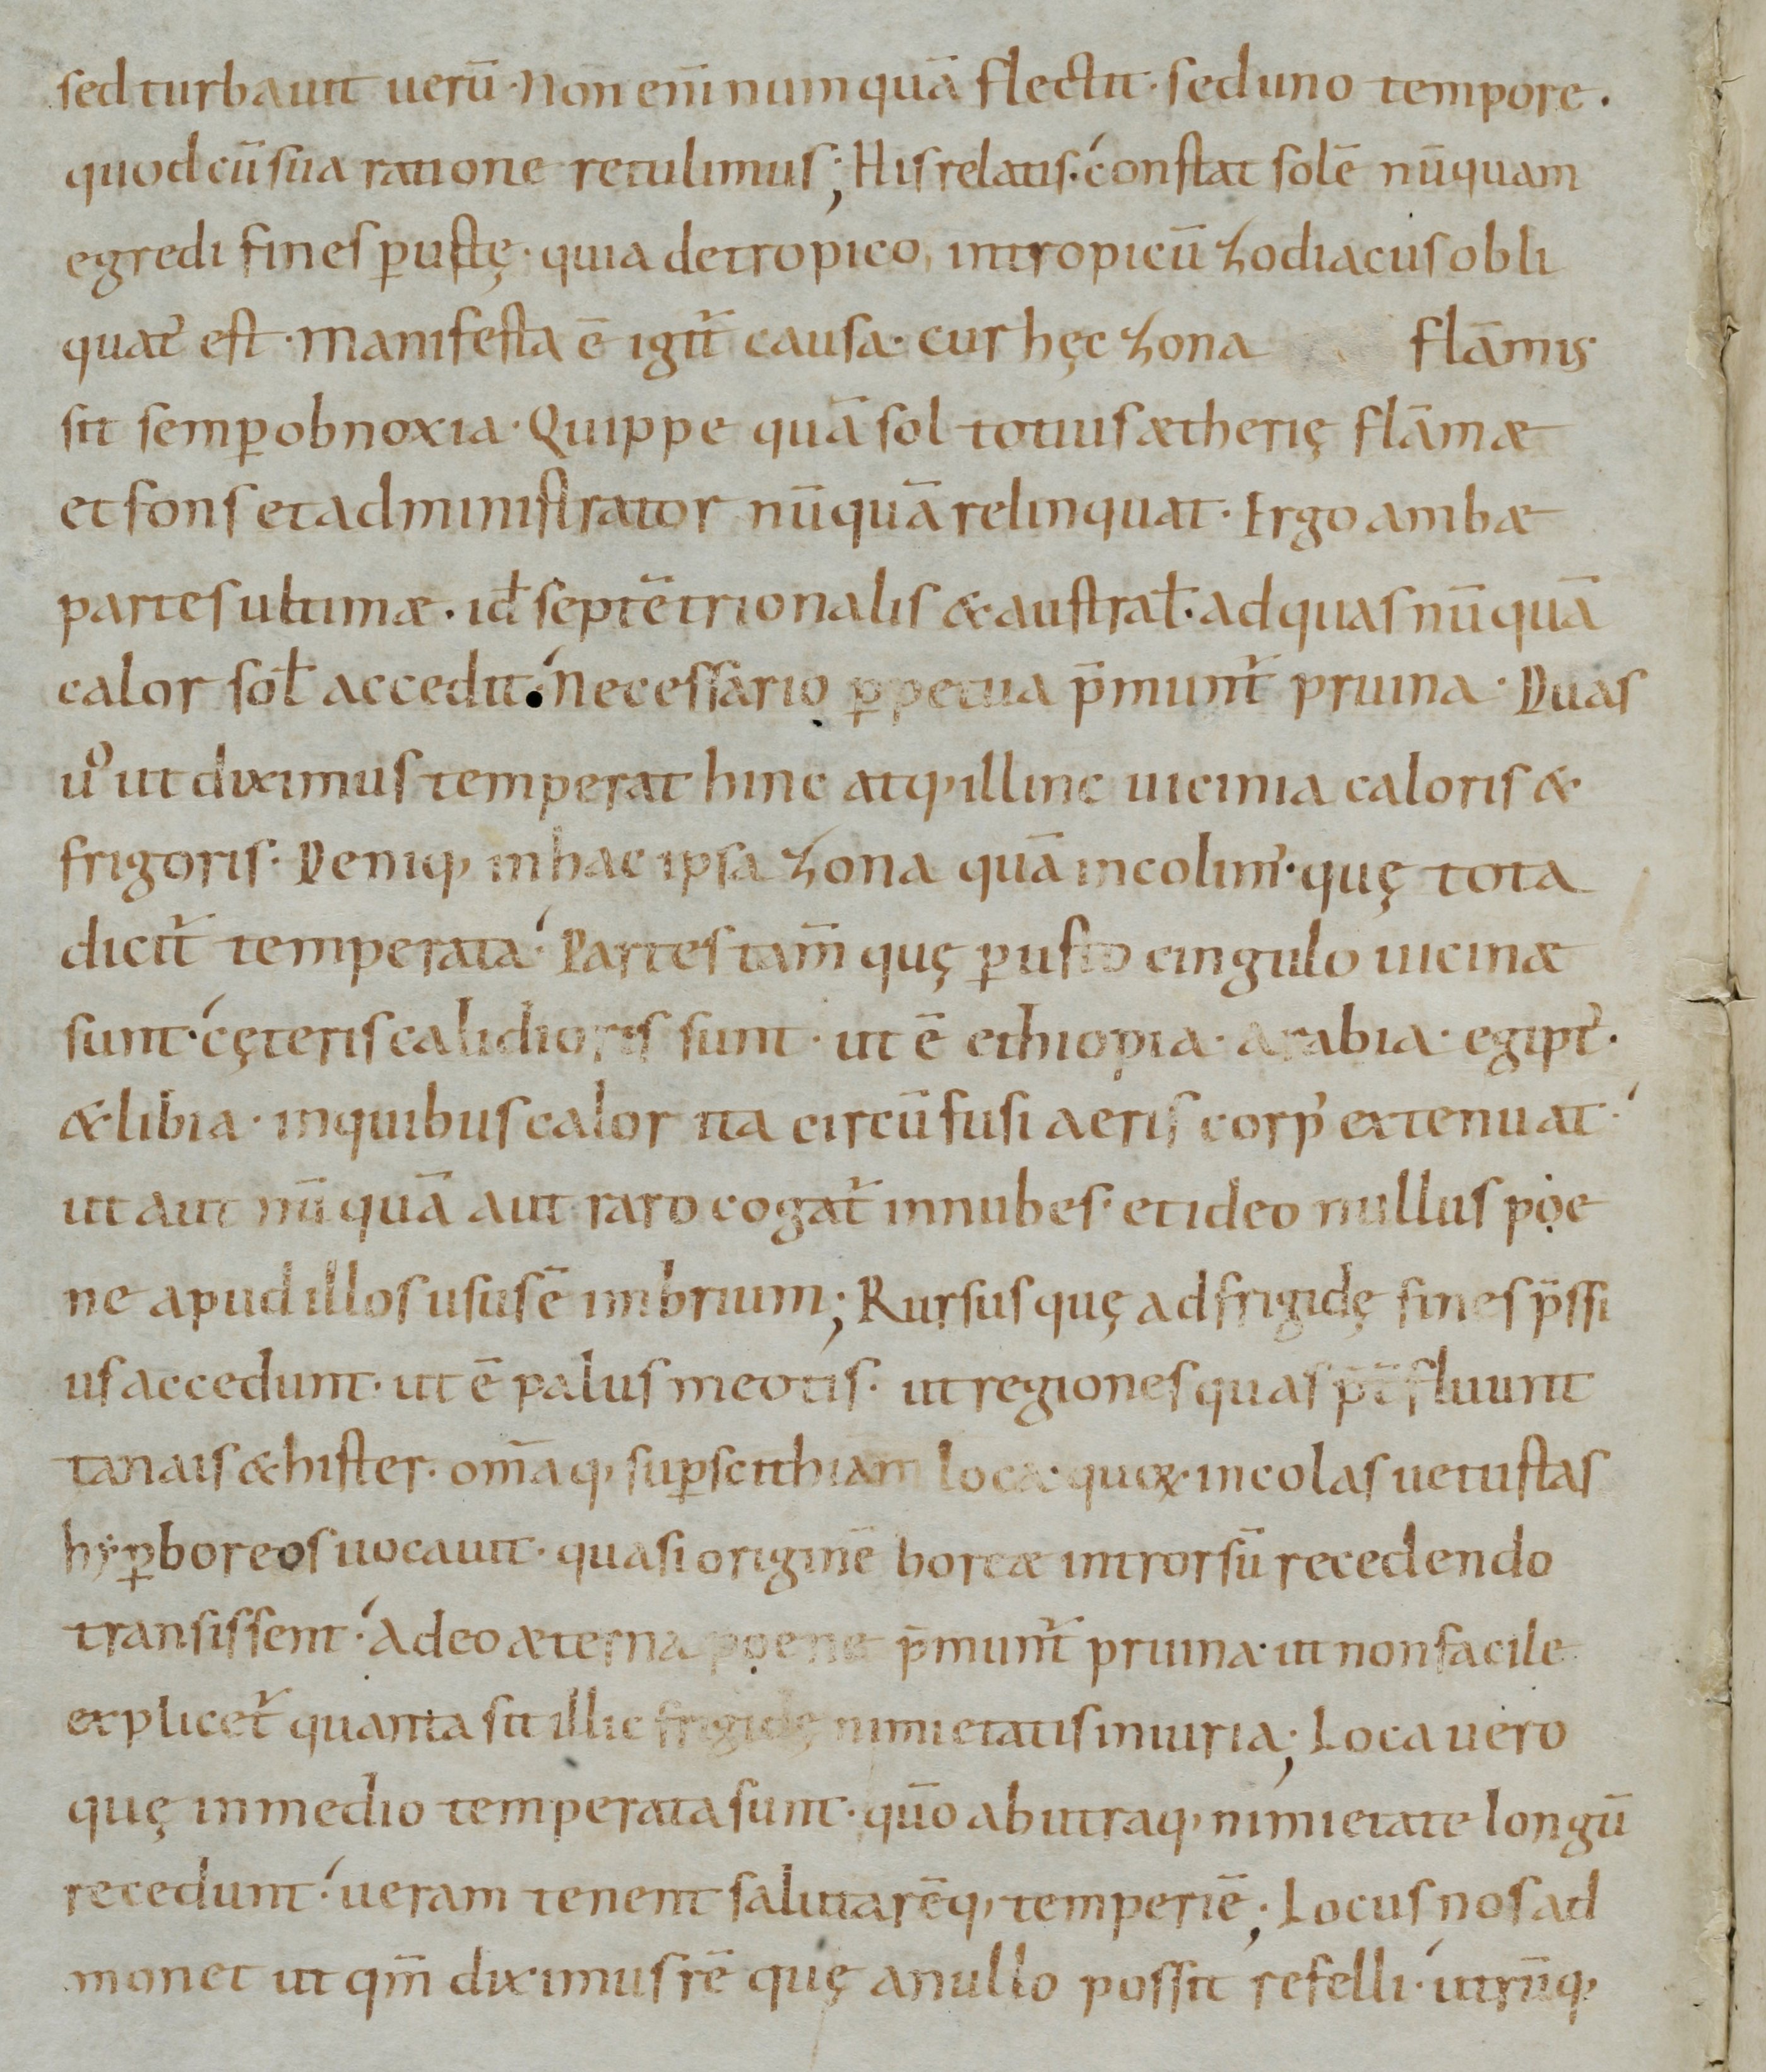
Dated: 965–975